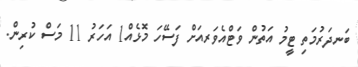
ބަނދަރުމަތި ޓީމު އަތުން ވަޓްއެވަރއަށް ފަސޭހަ މޮޅެއް1 އަހަރު 11 މަސް ކުރިން.